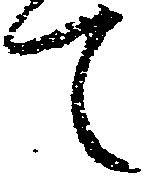
て